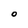
Character: O